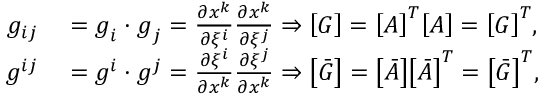
\begin{array} { r l } { g _ { i j } } & { { } = \boldsymbol { g } _ { i } \cdot \boldsymbol { g } _ { j } = \frac { \partial x ^ { k } } { \partial \xi ^ { i } } \frac { \partial x ^ { k } } { \partial \xi ^ { j } } \Rightarrow \boldsymbol { \left[ G \right] } = \boldsymbol { \left[ A \right] ^ { T } } \boldsymbol { \left[ A \right] } = \boldsymbol { \left[ G \right] ^ { T } } , } \\ { g ^ { i j } } & { { } = \boldsymbol { g } ^ { i } \cdot \boldsymbol { g } ^ { j } = \frac { \partial \xi ^ { i } } { \partial x ^ { k } } \frac { \partial \xi ^ { j } } { \partial x ^ { k } } \Rightarrow \boldsymbol { \left[ \bar { G } \right] } = \boldsymbol { \left[ \bar { A } \right] } \boldsymbol { \left[ \bar { A } \right] ^ { T } } = \boldsymbol { \left[ \bar { G } \right] ^ { T } } , } \end{array}